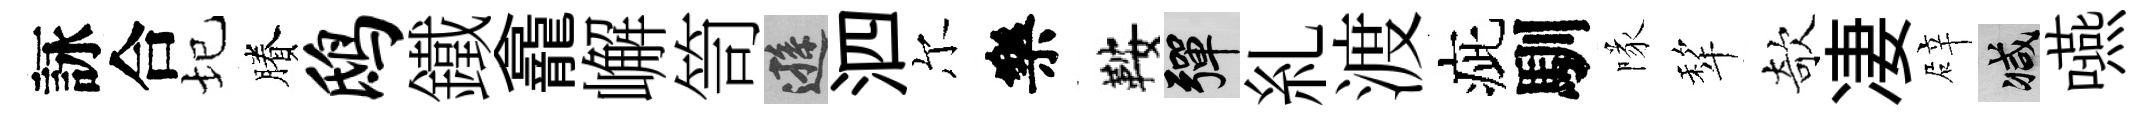
詠合圮賸鸱鐵龕嶰笥遜泗尔樂鞍彈糺渡疵馴隊犂欹凄辟减嚥